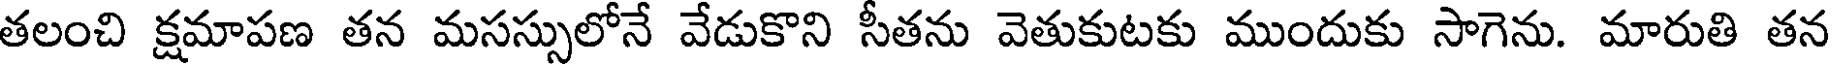
తలంచి క్షమాపణ తన మసస్సులోనే వేడుకొని సీతను వెతుకుటకు ముందుకు సాగెను. మారుతి తన